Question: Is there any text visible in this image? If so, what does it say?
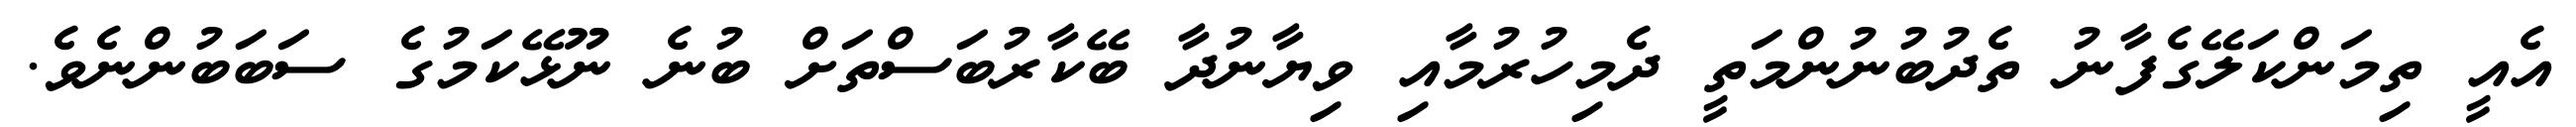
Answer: އެއީ ތިމަންކަލޭގެފާނު ތެދުބުނުންމަތީ ދެމިހުރުމާއި ވިޔާނުދާ ބޭކާރުބަސްތަށް ބުނެ ނޫޅޭކަމުގެ ސަބަބުންނެވެ.